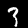
Label: 3